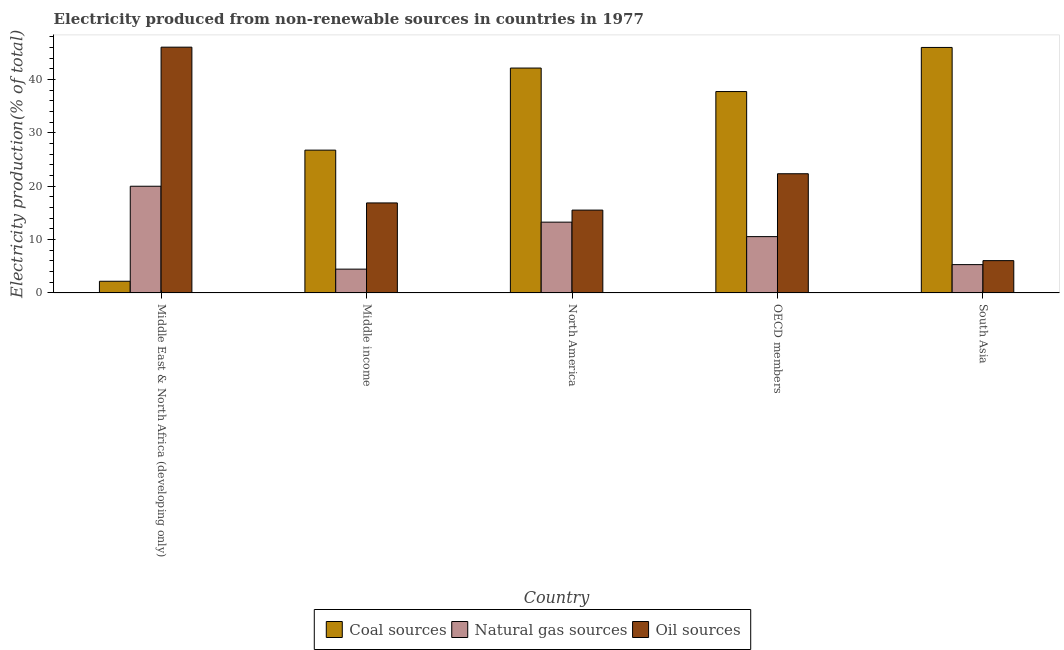
| Country | Coal sources | Natural gas sources | Oil sources |
 | --- | --- | --- | --- |
 | Middle East & North Africa (developing only) | 2.19 | 20 | 46.1 |
 | Middle income | 26.8 | 4.46 | 16.9 |
 | North America | 42.2 | 13.3 | 15.5 |
 | OECD members | 37.8 | 10.6 | 22.4 |
 | South Asia | 46 | 5.31 | 6.06 |